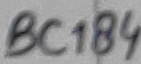
Text: BC184